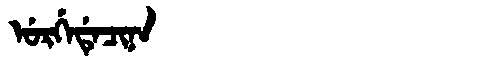
Manchu: ᡠᡵᡤᡝᡩᡝᠴᡳᠨᠠ
Romanization: URGEDECINA